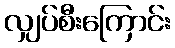
လျှပ်စီးကြောင်း